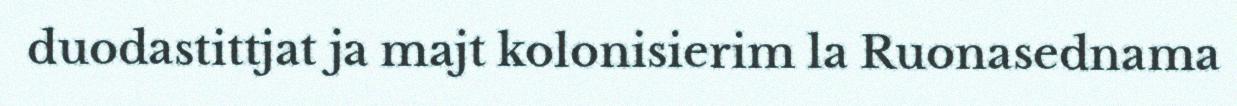
duodastittjat ja majt kolonisierim la Ruonasednama